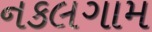
નકલગામ